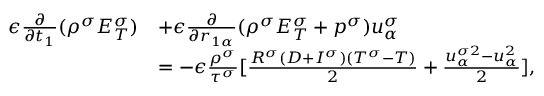
\begin{array} { r } { \begin{array} { r l } { \epsilon \frac { \partial } { \partial t _ { 1 } } ( \rho ^ { \sigma } E _ { T } ^ { \sigma } ) } & { + \epsilon \frac { \partial } { \partial r _ { 1 \alpha } } ( \rho ^ { \sigma } E _ { T } ^ { \sigma } + p ^ { \sigma } ) u _ { \alpha } ^ { \sigma } } \\ & { = - \epsilon \frac { \rho ^ { \sigma } } { \tau ^ { \sigma } } [ \frac { R ^ { \sigma } ( D + I ^ { \sigma } ) ( T ^ { \sigma } - T ) } { 2 } + \frac { u _ { \alpha } ^ { \sigma 2 } - u _ { \alpha } ^ { 2 } } { 2 } ] , } \end{array} } \end{array}